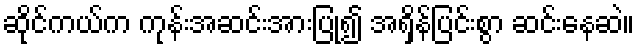
ဆိုင်ကယ်က ကုန်းအဆင်းအားပြု၍ အရှိန်ပြင်းစွာ ဆင်းနေဆဲ။